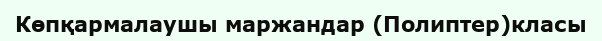
Көпқармалаушы маржандар (Полиптер)класы